Bréfritari: Sigríður Pálsdóttir
Viðtakandi: Páll Pálsson
Dagsetning: A-1867-09-22
Skrifað á: Breiðabólsstað  Rang.
Páll var bróðir Sigríðar

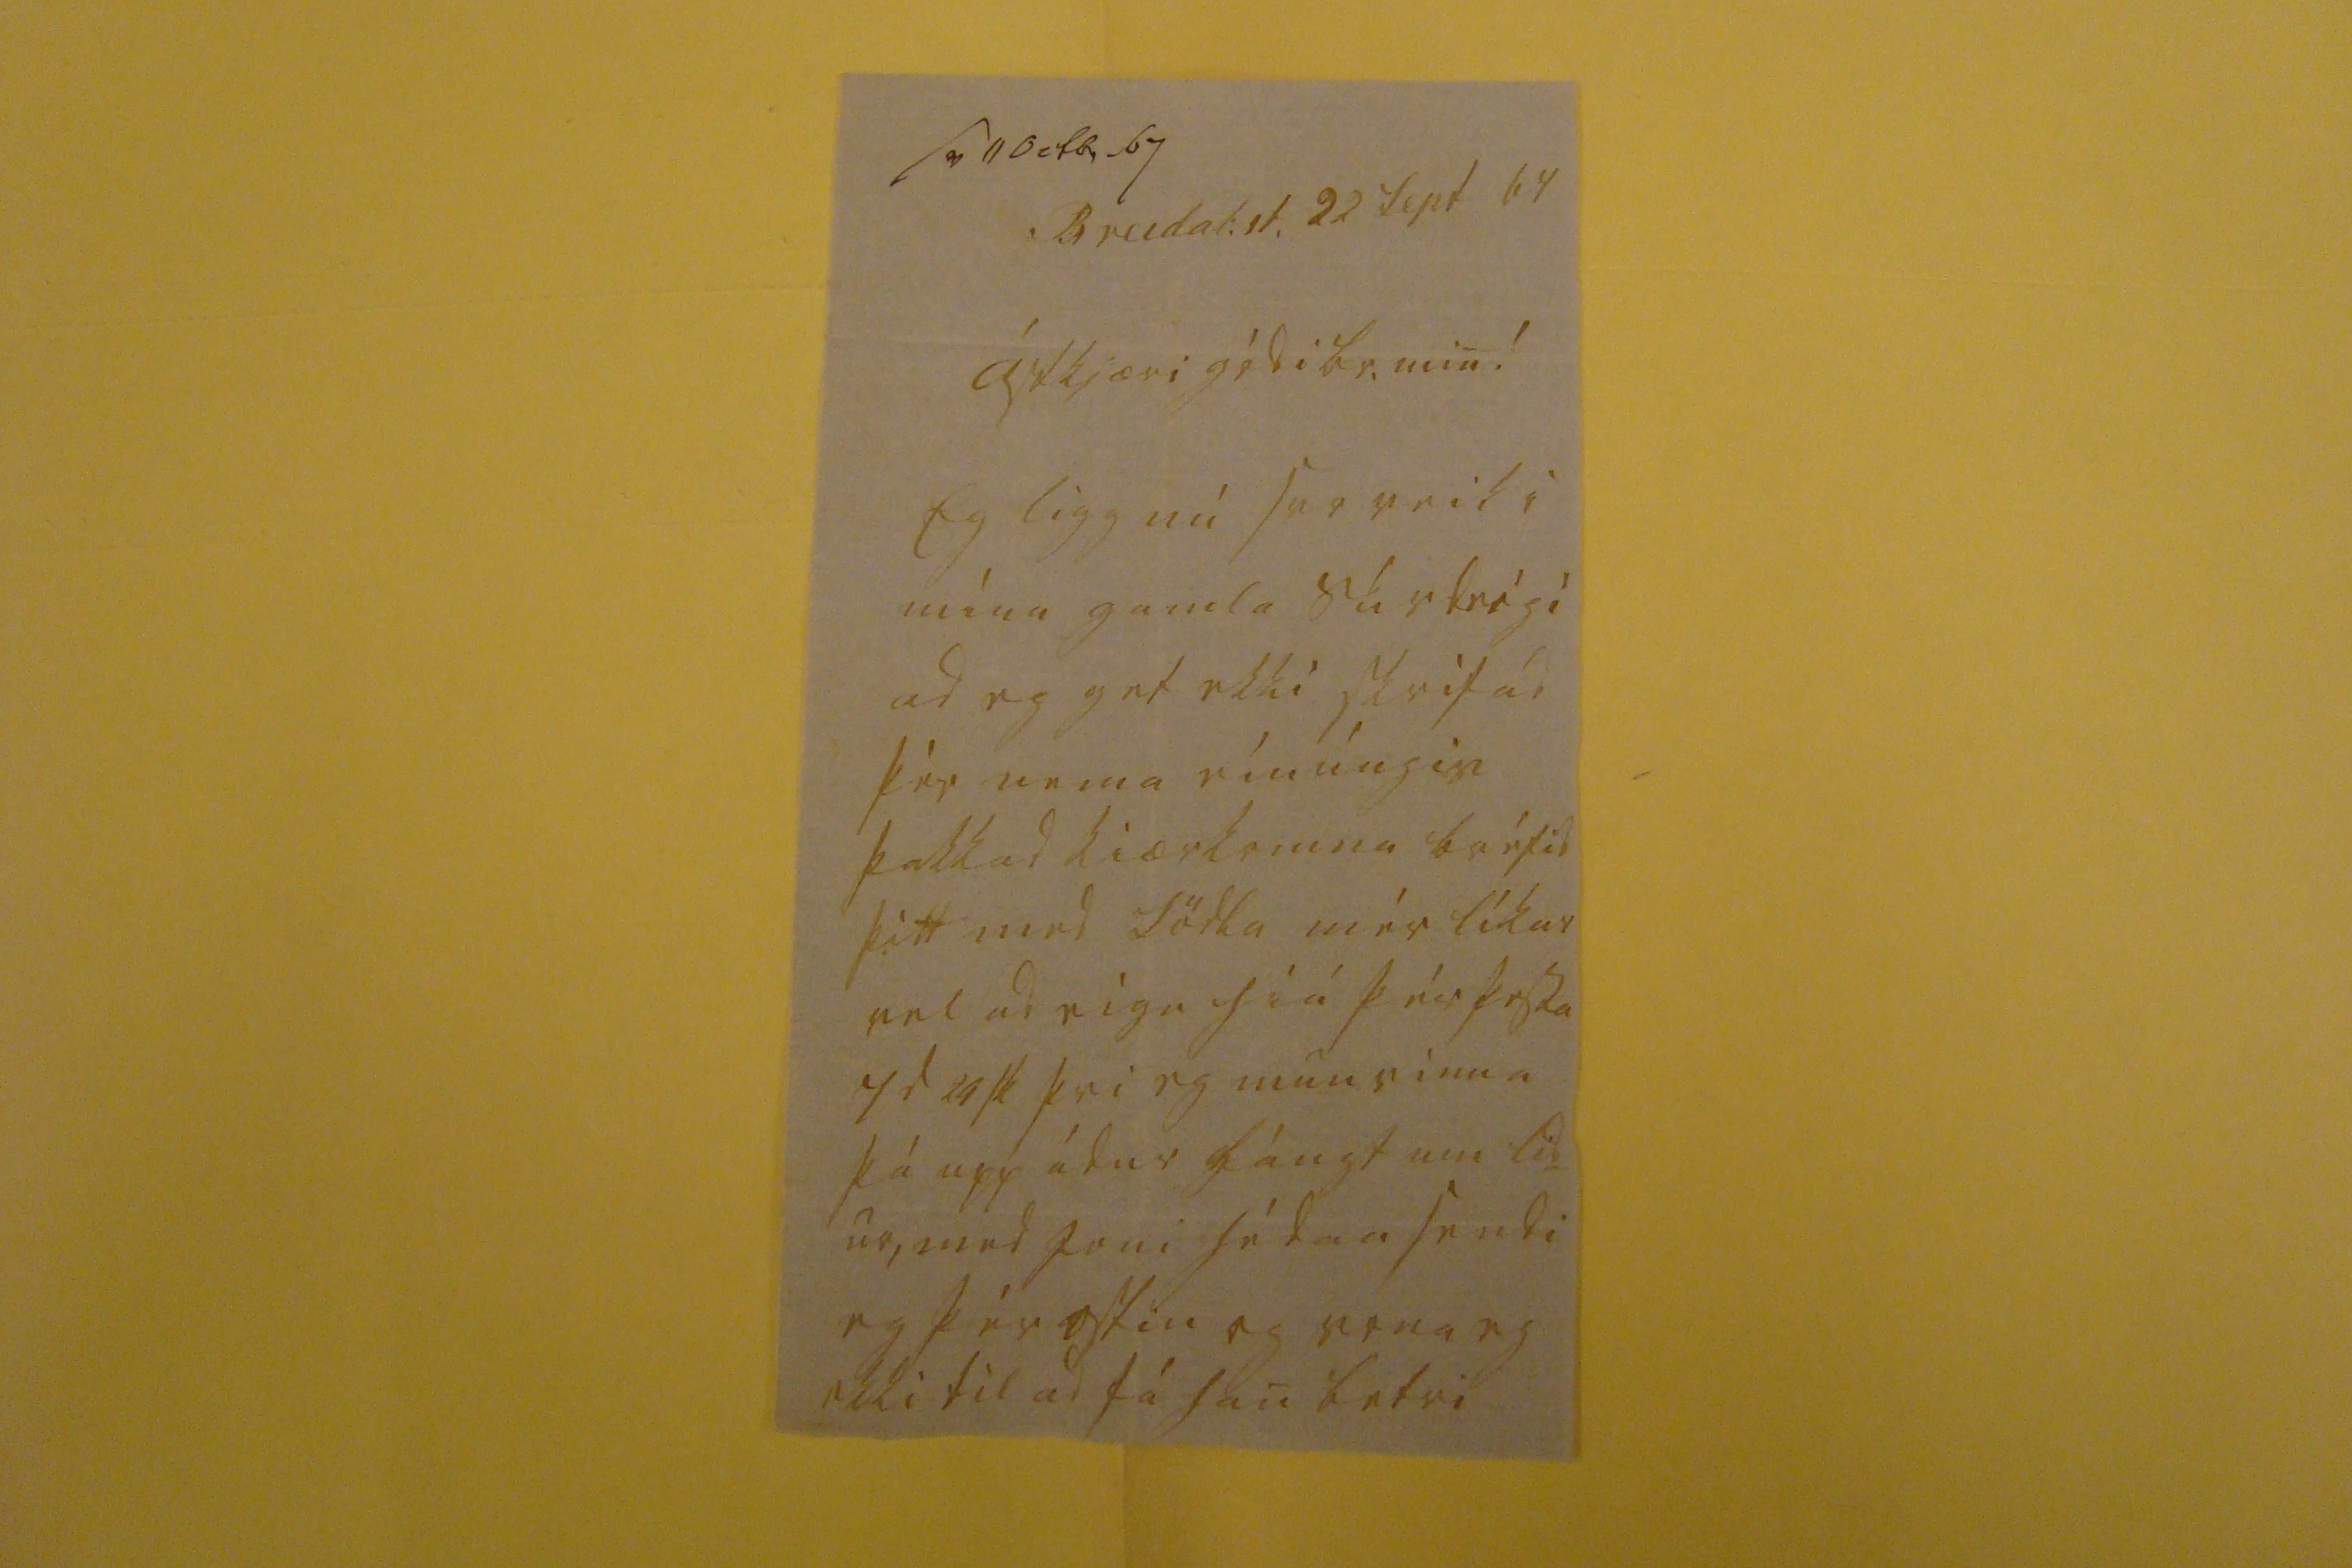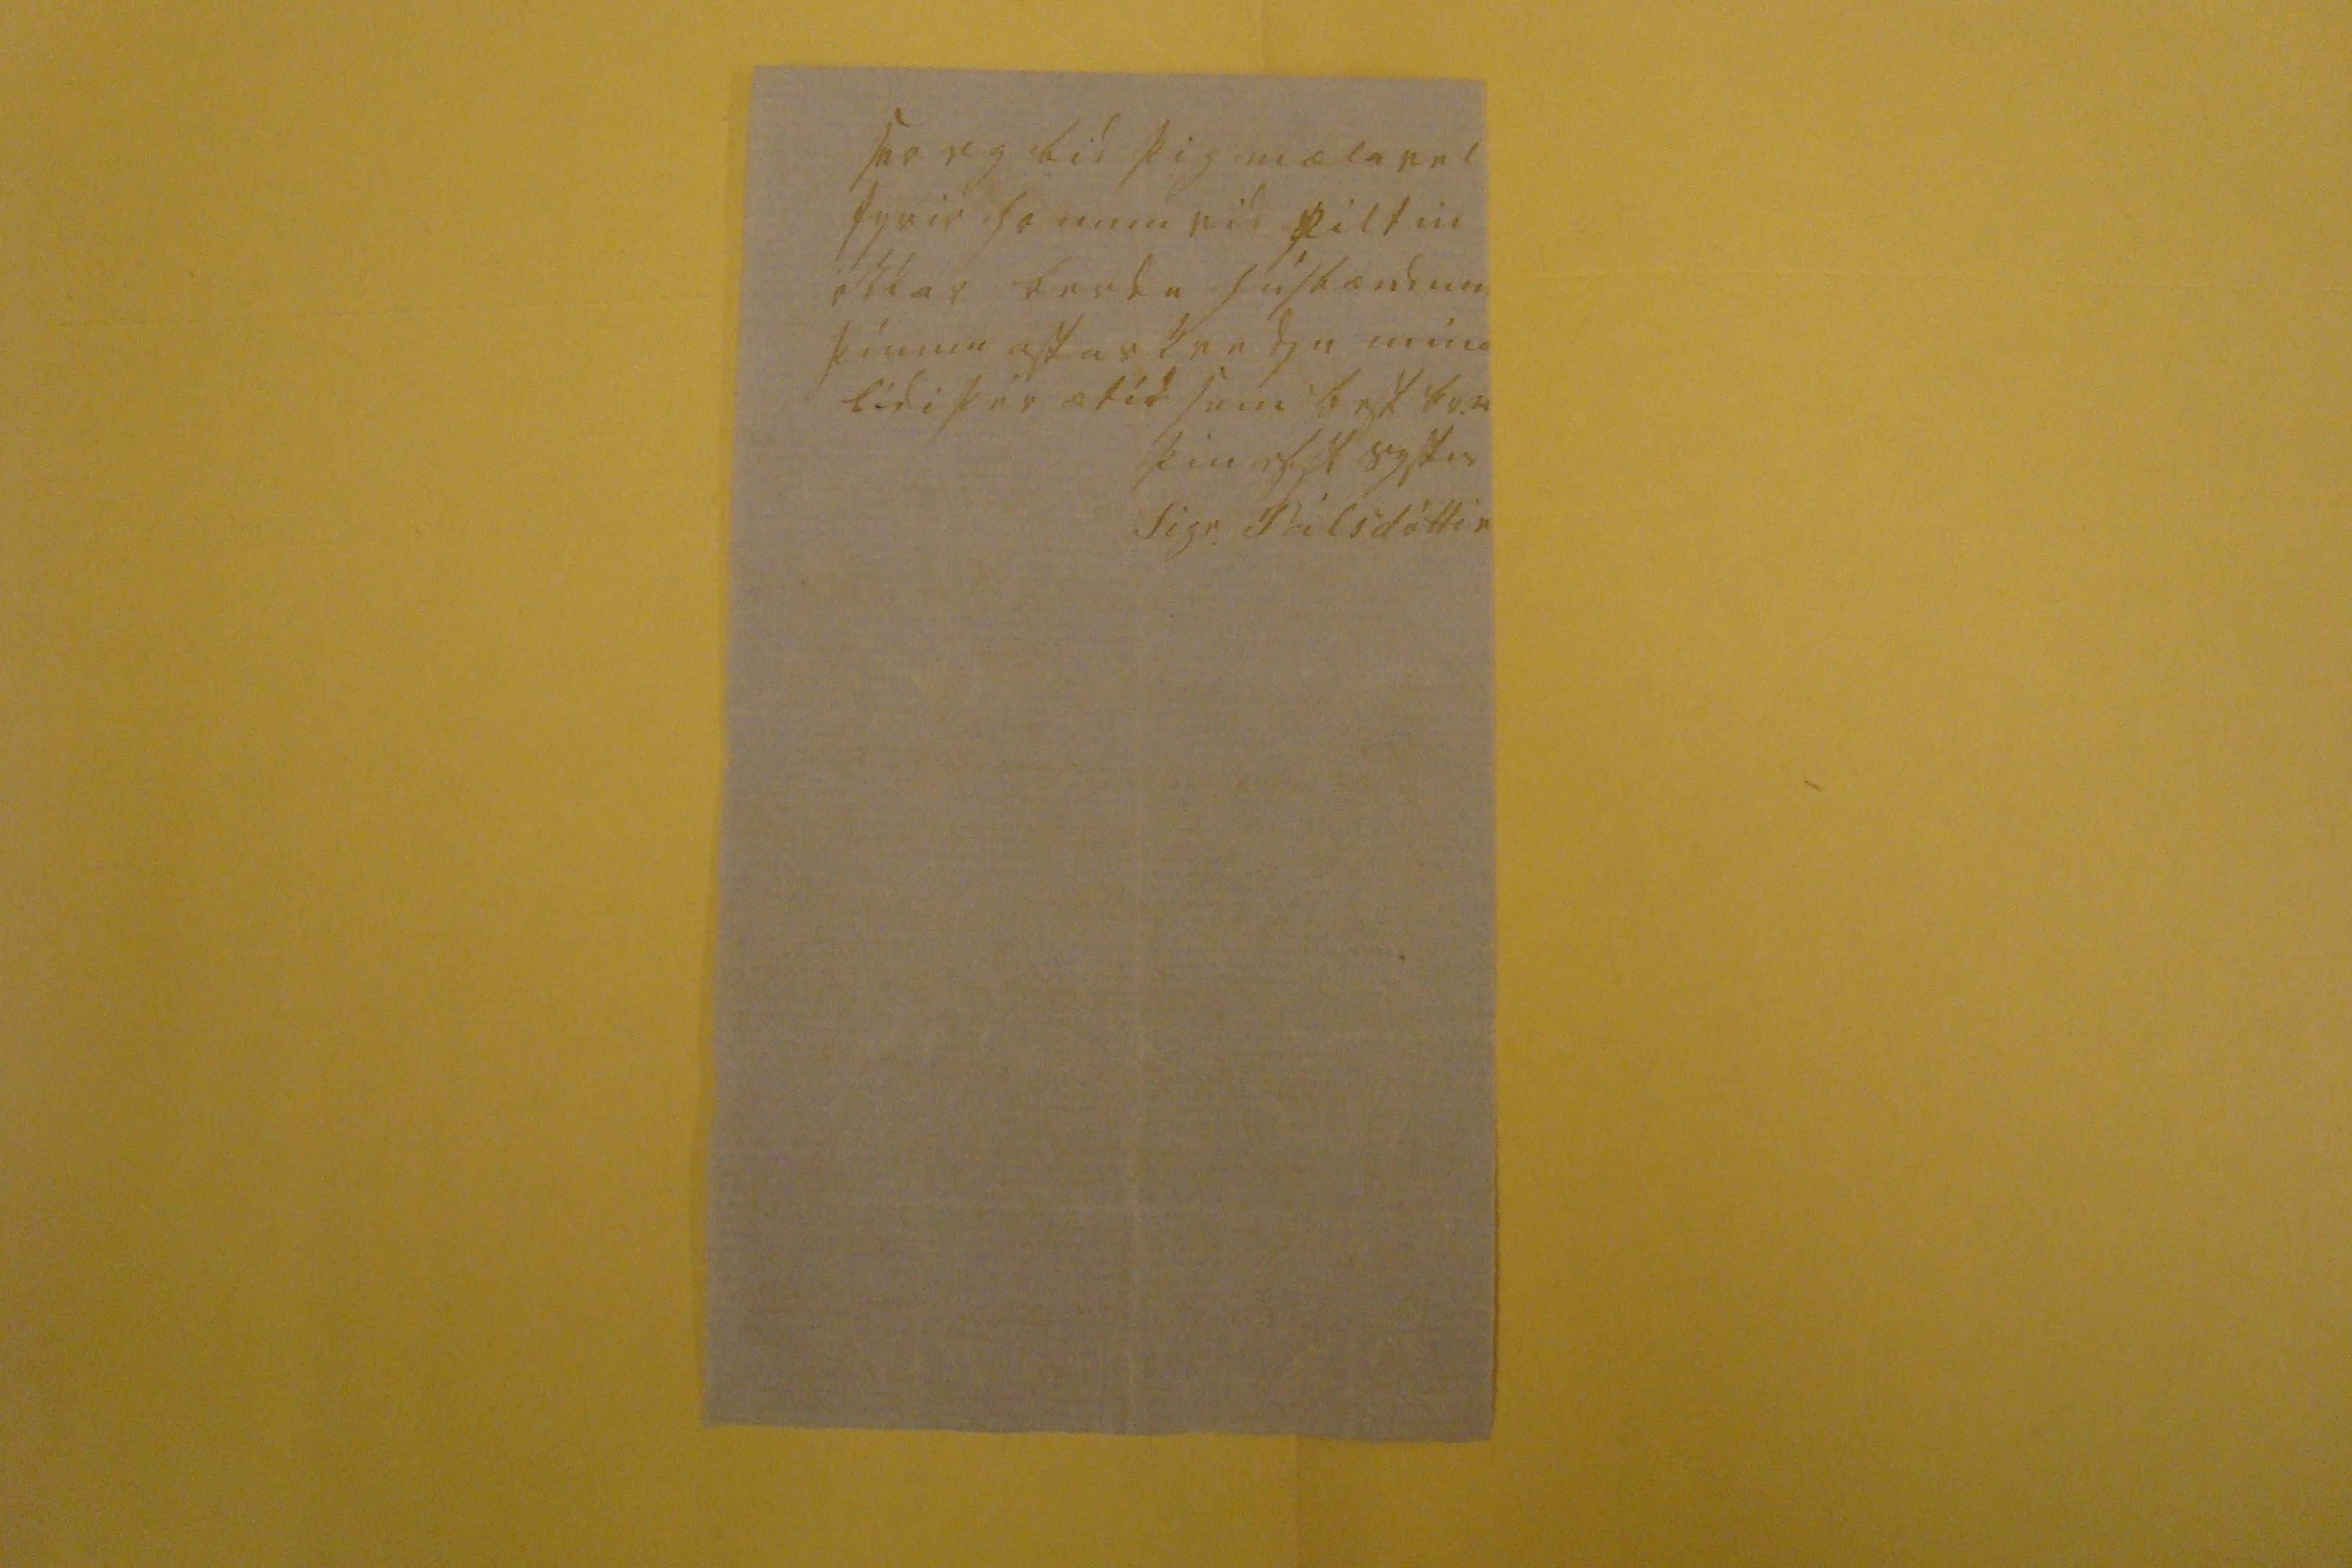

sv 11 Octb. 67
Breidab.st. 22 Sept 67
ástkjæri gódi br. min!
Eg ligg nú svo veik i mínu gamla súrdeigi ad eg get ekki skrifad þér nema eínúngis þakkad kiærkomna bréfid þitt med Södla mér líkar vel ad eiga hiá þér þessa 7 d 24 sk þvi eg mun vinna þá upp ádur lángt um líd= ur, med Joni hédan sendi eg þér ostin og vona eg ekki til ad fá han betri
svo eg bid þig mæla vel fyrir honum vid piltin okkar berdu húsbændum þínum astar kvedju mína lídi þér ætíd sem best br.m
þin elsk systir
Sigr. Pálsdóttir